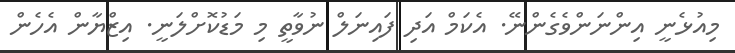
މިއުޅެނީ އިންނަންވެގެންނޭ. އެކަމް އަދި ފައިނަލް ނުވާތީ މި މަޑުކޮށްލަނީ. އިޒްޔާން އެހެން